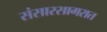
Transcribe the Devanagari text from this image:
संसारसागरात